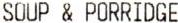
SOUP & PORRIDGE